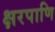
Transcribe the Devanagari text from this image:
क्षरपाणि